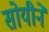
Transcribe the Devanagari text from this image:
सोयीने